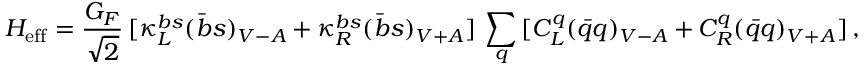
{ \cal H } _ { \mathrm { e f f } } = \frac { G _ { F } } { \sqrt 2 } \, [ \kappa _ { L } ^ { b s } ( \bar { b } s ) _ { V - A } + \kappa _ { R } ^ { b s } ( \bar { b } s ) _ { V + A } ] \, \sum _ { q } \, [ C _ { L } ^ { q } ( \bar { q } q ) _ { V - A } + C _ { R } ^ { q } ( \bar { q } q ) _ { V + A } ] \, ,